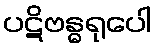
ပဋိဗန္ဓရုပေါ